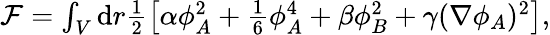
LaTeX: \begin{array}{r}{\mathcal{F}=\int_{V}\mathrm{d}r\frac{1}{2}\left[\alpha\phi_{A}^{2}+\frac{1}{6}\phi_{A}^{4}+\beta\phi_{B}^{2}+\gamma(\nabla\phi_{A})^{2}\right],}\end{array}